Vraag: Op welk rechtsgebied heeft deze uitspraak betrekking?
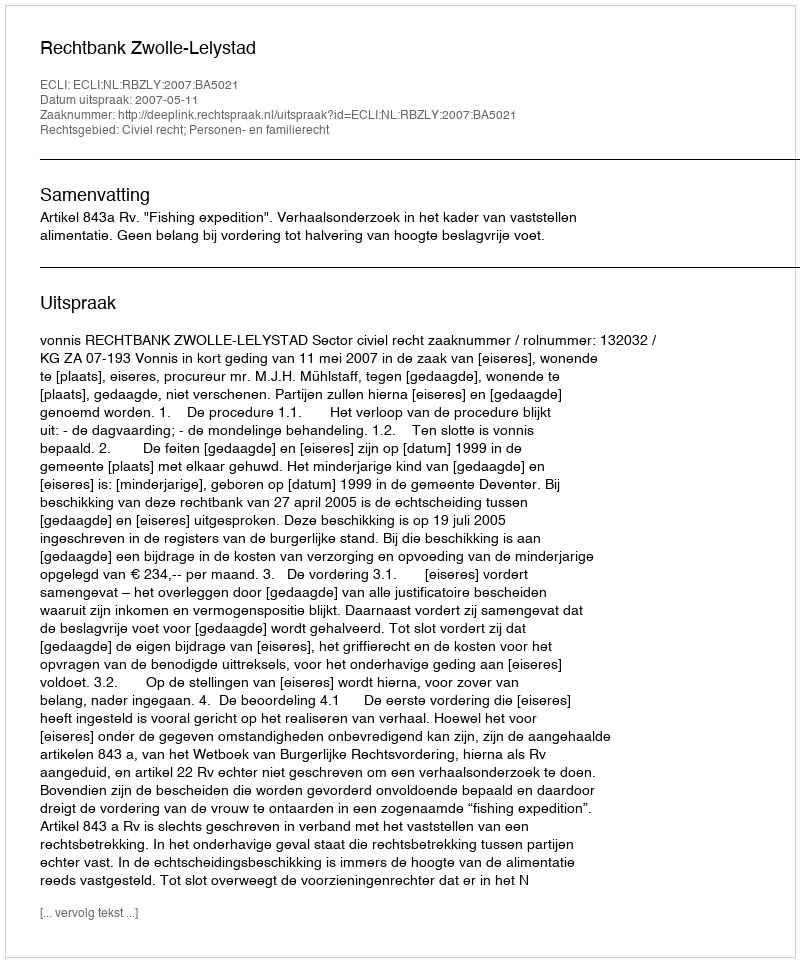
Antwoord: Civiel recht; Personen- en familierecht